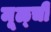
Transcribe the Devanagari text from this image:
मूळ्ची